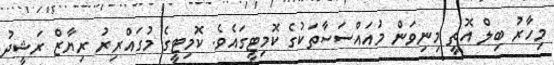
މިހާރު ބިލް އޮތީ މިނިވަން މުއައްސަސާތަކުގެ ކޮމިޓީގައެވެ. ކޮމިޓީގެ މުގައްރިރު ރިޔާޒް ރަޝީދު